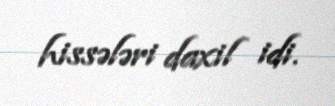
hissələri daxil idi.